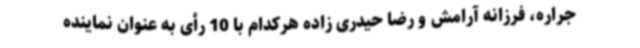
جراره، فرزانه آرامش و رضا حیدری زاده هرکدام با 10 رأی به عنوان نماینده